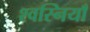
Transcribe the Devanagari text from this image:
श्वस्नियाँ